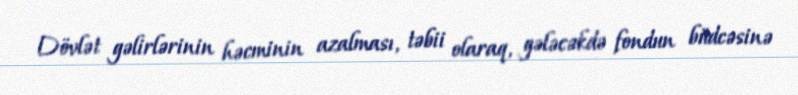
Dövlət gəlirlərinin həcminin azalması, təbii olaraq, gələcəkdə fondun büdcəsinə